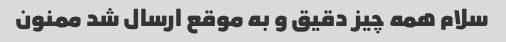
سلام همه چیز دقیق و به موقع ارسال شد ممنون